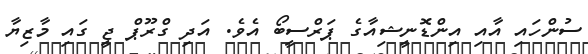
ސުންހައި އާއި އިންޑޮނީޝިއާގެ ޕަރްސީބޯ އެވެ. އަދި ގްރޫޕް ޖީ ގައި މާޒިޔާ